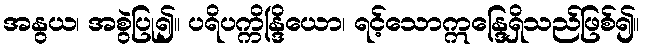
အနွယ၊ အစွဲပြု၍။ ပရိပက္ကိန္ဒြိယော၊ ရင့်သောဣန္ဒြေရှိသည်ဖြစ်၍။